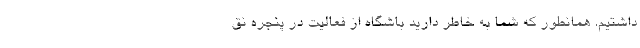
داشتیم. همانطور که شما به خاطر دارید باشگاه از فعالیت در پنجره نق